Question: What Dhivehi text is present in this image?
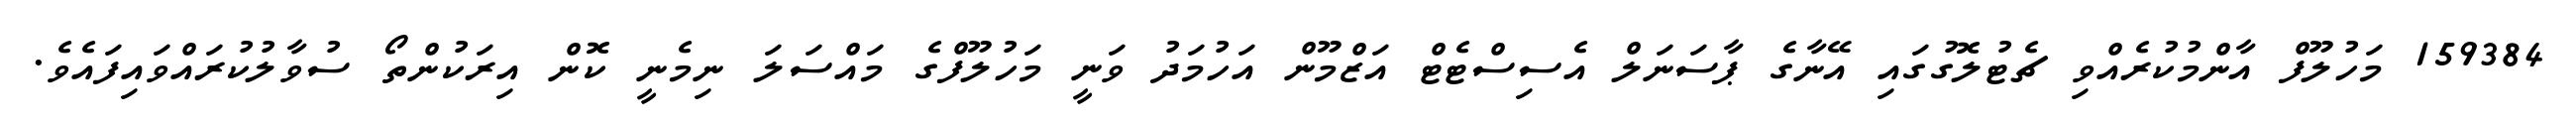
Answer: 159384 މަހުލޫފް އާންމުކުރެއްވި ޗެޓުލޮގުގައި އޭނާގެ ޕާސަނަލް އެސިސްޓެޓް އަޒްމޫން އަހުމަދު ވަނީ މަހުލޫފްގެ މައްސަލަ ނިމެނީ ކޮން އިރަކުންތޯ ސުވާލުކުރައްވައިފައެވެ.